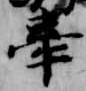
牽